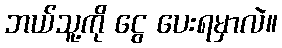
ဘယ်သူ့ကို ငွေ ပေးရမှာလဲ။